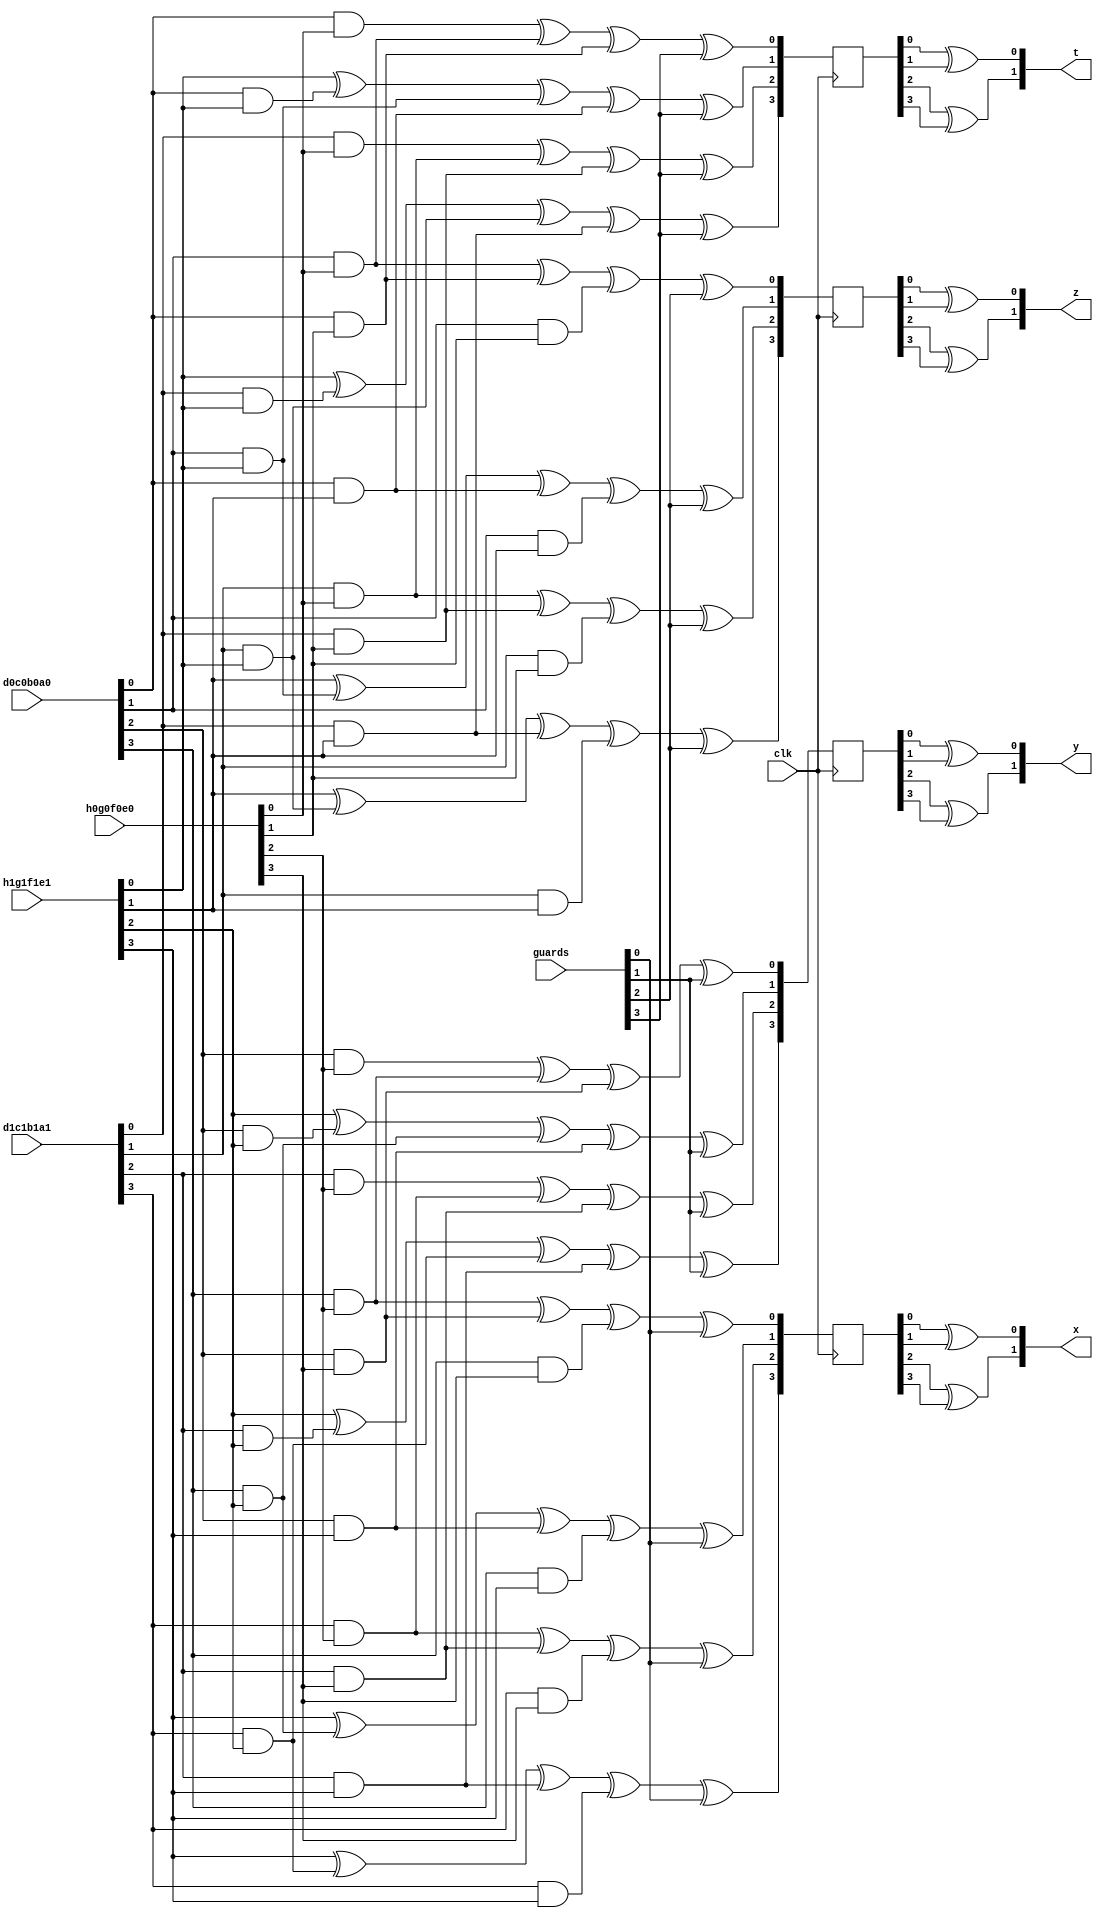
`timescale 1ns / 1ps
//////////////////////////////////////////////////////////////////////////////////
// Company: 
// Engineer: 
// 
// Design Name: 
// Module Name:    GF4Mul_Unit 
// Project Name: 
// Target Devices: 
// Tool versions: 
// Description: 
//
// Dependencies: 
//
// Revision: 
// Revision 0.01 - File Created
// Additional Comments: 
//
//////////////////////////////////////////////////////////////////////////////////
module GF4Mul_Unit(
	input				clk,

	input	[03:00]		d0c0b0a0,
	input	[03:00]		d1c1b1a1,
	
	input	[03:00]		h0g0f0e0,
	input	[03:00]		h1g1f1e1,
	
	input	[03:00]		guards,
	
	output	[01:00]		x,
	output	[01:00]		y,
	output	[01:00]		z,
	output	[01:00]		t
    );
	
	//// intermediate;
	wire				h0, h1;
	wire				g0, g1;
	wire				f0, f1;
	wire				e0, e1;
	
	wire				d0, d1;
	wire				c0, c1;
	wire				b0, b1;
	wire				a0, a1;
	
	wire				a0e0, a0e1;
	wire				a1e0, a1e1;
	
	wire				a0f0, a0f1;
	wire				a1f0, a1f1;
	
	wire				b0e0, b0e1;
	wire				b1e0, b1e1;
	
	wire				b0f0, b0f1;
	wire				b1f0, b1f1;
	
	wire				c0g0, c0g1;
	wire				c1g0, c1g1;
	
	wire				c0h0, c0h1;
	wire				c1h0, c1h1;
	
	wire				d0g0, d0g1;
	wire				d1g0, d1g1;
	
	wire				d0h0, d0h1;
	wire				d1h0, d1h1;
		
	reg		[03:00]		x_r;
	reg		[03:00]		y_r;
	reg		[03:00]		z_r;
	reg		[03:00]		t_r;
	
	// assign;
	assign h0 = h0g0f0e0[3];
	assign g0 = h0g0f0e0[2];
	assign f0 = h0g0f0e0[1];
	assign e0 = h0g0f0e0[0];
	
	assign d0 = d0c0b0a0[3];
	assign c0 = d0c0b0a0[2];
	assign b0 = d0c0b0a0[1];
	assign a0 = d0c0b0a0[0];
	
	assign h1 = h1g1f1e1[3];
	assign g1 = h1g1f1e1[2];
	assign f1 = h1g1f1e1[1];
	assign e1 = h1g1f1e1[0];
	
	assign d1 = d1c1b1a1[3];
	assign c1 = d1c1b1a1[2];
	assign b1 = d1c1b1a1[1];
	assign a1 = d1c1b1a1[0];
	
	assign a0e0 = a0 & e0;
	assign a0e1 = a0 & e1;
	assign a1e0 = a1 & e0;
	assign a1e1 = a1 & e1;
	
	assign a0f0 = a0 & f0;
	assign a0f1 = a0 & f1;
	assign a1f0 = a1 & f0;
	assign a1f1 = a1 & f1;
	
	assign b0e0 = b0 & e0;
	assign b0e1 = b0 & e1;
	assign b1e0 = b1 & e0;
	assign b1e1 = b1 & e1;
	
	assign b0f0 = b0 & f0;
	assign b0f1 = b0 & f1;
	assign b1f0 = b1 & f0;
	assign b1f1 = b1 & f1;
	
	assign c0g0 = c0 & g0;
	assign c0g1 = c0 & g1;
	assign c1g0 = c1 & g0;
	assign c1g1 = c1 & g1;
	
	assign c0h0 = c0 & h0;
	assign c0h1 = c0 & h1;
	assign c1h0 = c1 & h0;
	assign c1h1 = c1 & h1;
	
	assign d0g0 = d0 & g0;
	assign d0g1 = d0 & g1;
	assign d1g0 = d1 & g0;
	assign d1g1 = d1 & g1;
	
	assign d0h0 = d0 & h0;
	assign d0h1 = d0 & h1;
	assign d1h0 = d1 & h0;
	assign d1h1 = d1 & h1;
	
	// x_r;
	always @(posedge clk)
	begin
		x_r[0] <=      d0g0 ^ c0h0 ^ d0h0 ^ guards[0];
		x_r[1] <= h1 ^ d0g1 ^ c0h1 ^ d0h1 ^ guards[0];
		x_r[2] <=      d1g0 ^ c1h0 ^ d1h0 ^ guards[0];
		x_r[3] <= h1 ^ d1g1 ^ c1h1 ^ d1h1 ^ guards[0];
	end
	
	// y_r;
	always @(posedge clk)
	begin
		y_r[0] <=      c0g0 ^ d0g0 ^ c0h0 ^ guards[1];
		y_r[1] <= g1 ^ c0g1 ^ d0g1 ^ c0h1 ^ guards[1];
		y_r[2] <=      c1g0 ^ d1g0 ^ c1h0 ^ guards[1];
		y_r[3] <= g1 ^ c1g1 ^ d1g1 ^ c1h1 ^ guards[1];
	end
	
	// z_r;
	always @(posedge clk)
	begin
		z_r[0] <=	   b0e0 ^ a0f0 ^ b0f0 ^ guards[2];
		z_r[1] <= f1 ^ b0e1 ^ a0f1 ^ b0f1 ^ guards[2];
		z_r[2] <=	   b1e0 ^ a1f0 ^ b1f0 ^ guards[2];
		z_r[3] <= f1 ^ b1e1 ^ a1f1 ^ b1f1 ^ guards[2];
	end
	
	// t_r;
	always @(posedge clk)
	begin
		t_r[0] <=	   a0e0 ^ b0e0 ^ a0f0 ^ guards[3];
		t_r[1] <= e1 ^ a0e1 ^ b0e1 ^ a0f1 ^ guards[3];
		t_r[2] <=	   a1e0 ^ b1e0 ^ a1f0 ^ guards[3];
		t_r[3] <= e1 ^ a1e1 ^ b1e1 ^ a1f1 ^ guards[3];
	end
	
	//// Output Assign;
	assign x[0] = x_r[0] ^ x_r[1];
	assign x[1] = x_r[2] ^ x_r[3];
	
	assign y[0] = y_r[0] ^ y_r[1];
	assign y[1] = y_r[2] ^ y_r[3];
	
	assign z[0] = z_r[0] ^ z_r[1];
	assign z[1] = z_r[2] ^ z_r[3];
	
	assign t[0] = t_r[0] ^ t_r[1];
	assign t[1] = t_r[2] ^ t_r[3];
	
endmodule